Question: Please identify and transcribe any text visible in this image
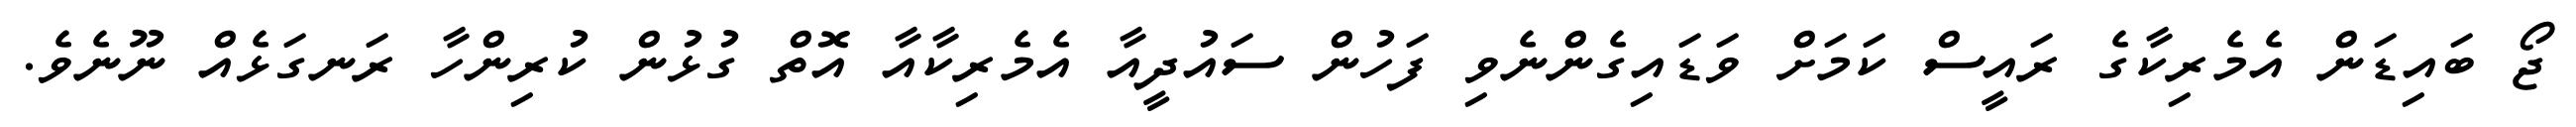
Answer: ޖޯ ބައިޑަން އެމެރިކާގެ ރައީސް ކަމަށް ވަޑައިގެންނެވި ފަހުން ސައުދީއާ އެމެރިކާއާ އޮތް ގުޅުން ކުރިންހާ ރަނގަޅެއް ނޫނެވެ.